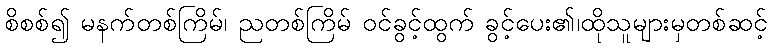
စိစစ်၍ မနက်တစ်ကြိမ်၊ ညတစ်ကြိမ် ဝင်ခွင့်ထွက် ခွင့်ပေး၏၊ထိုသူများမှတစ်ဆင့်